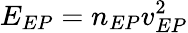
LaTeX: E_{EP}=n_{EP}v_{EP}^{2}